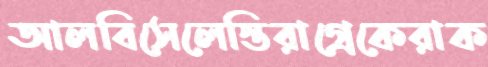
আলবিসেলেস্তিরাগ্রেকেরাক